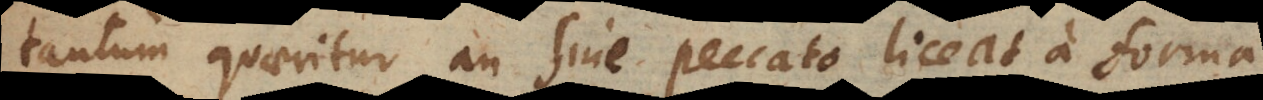
tantum quaeritur an sine peccato liceat a forma